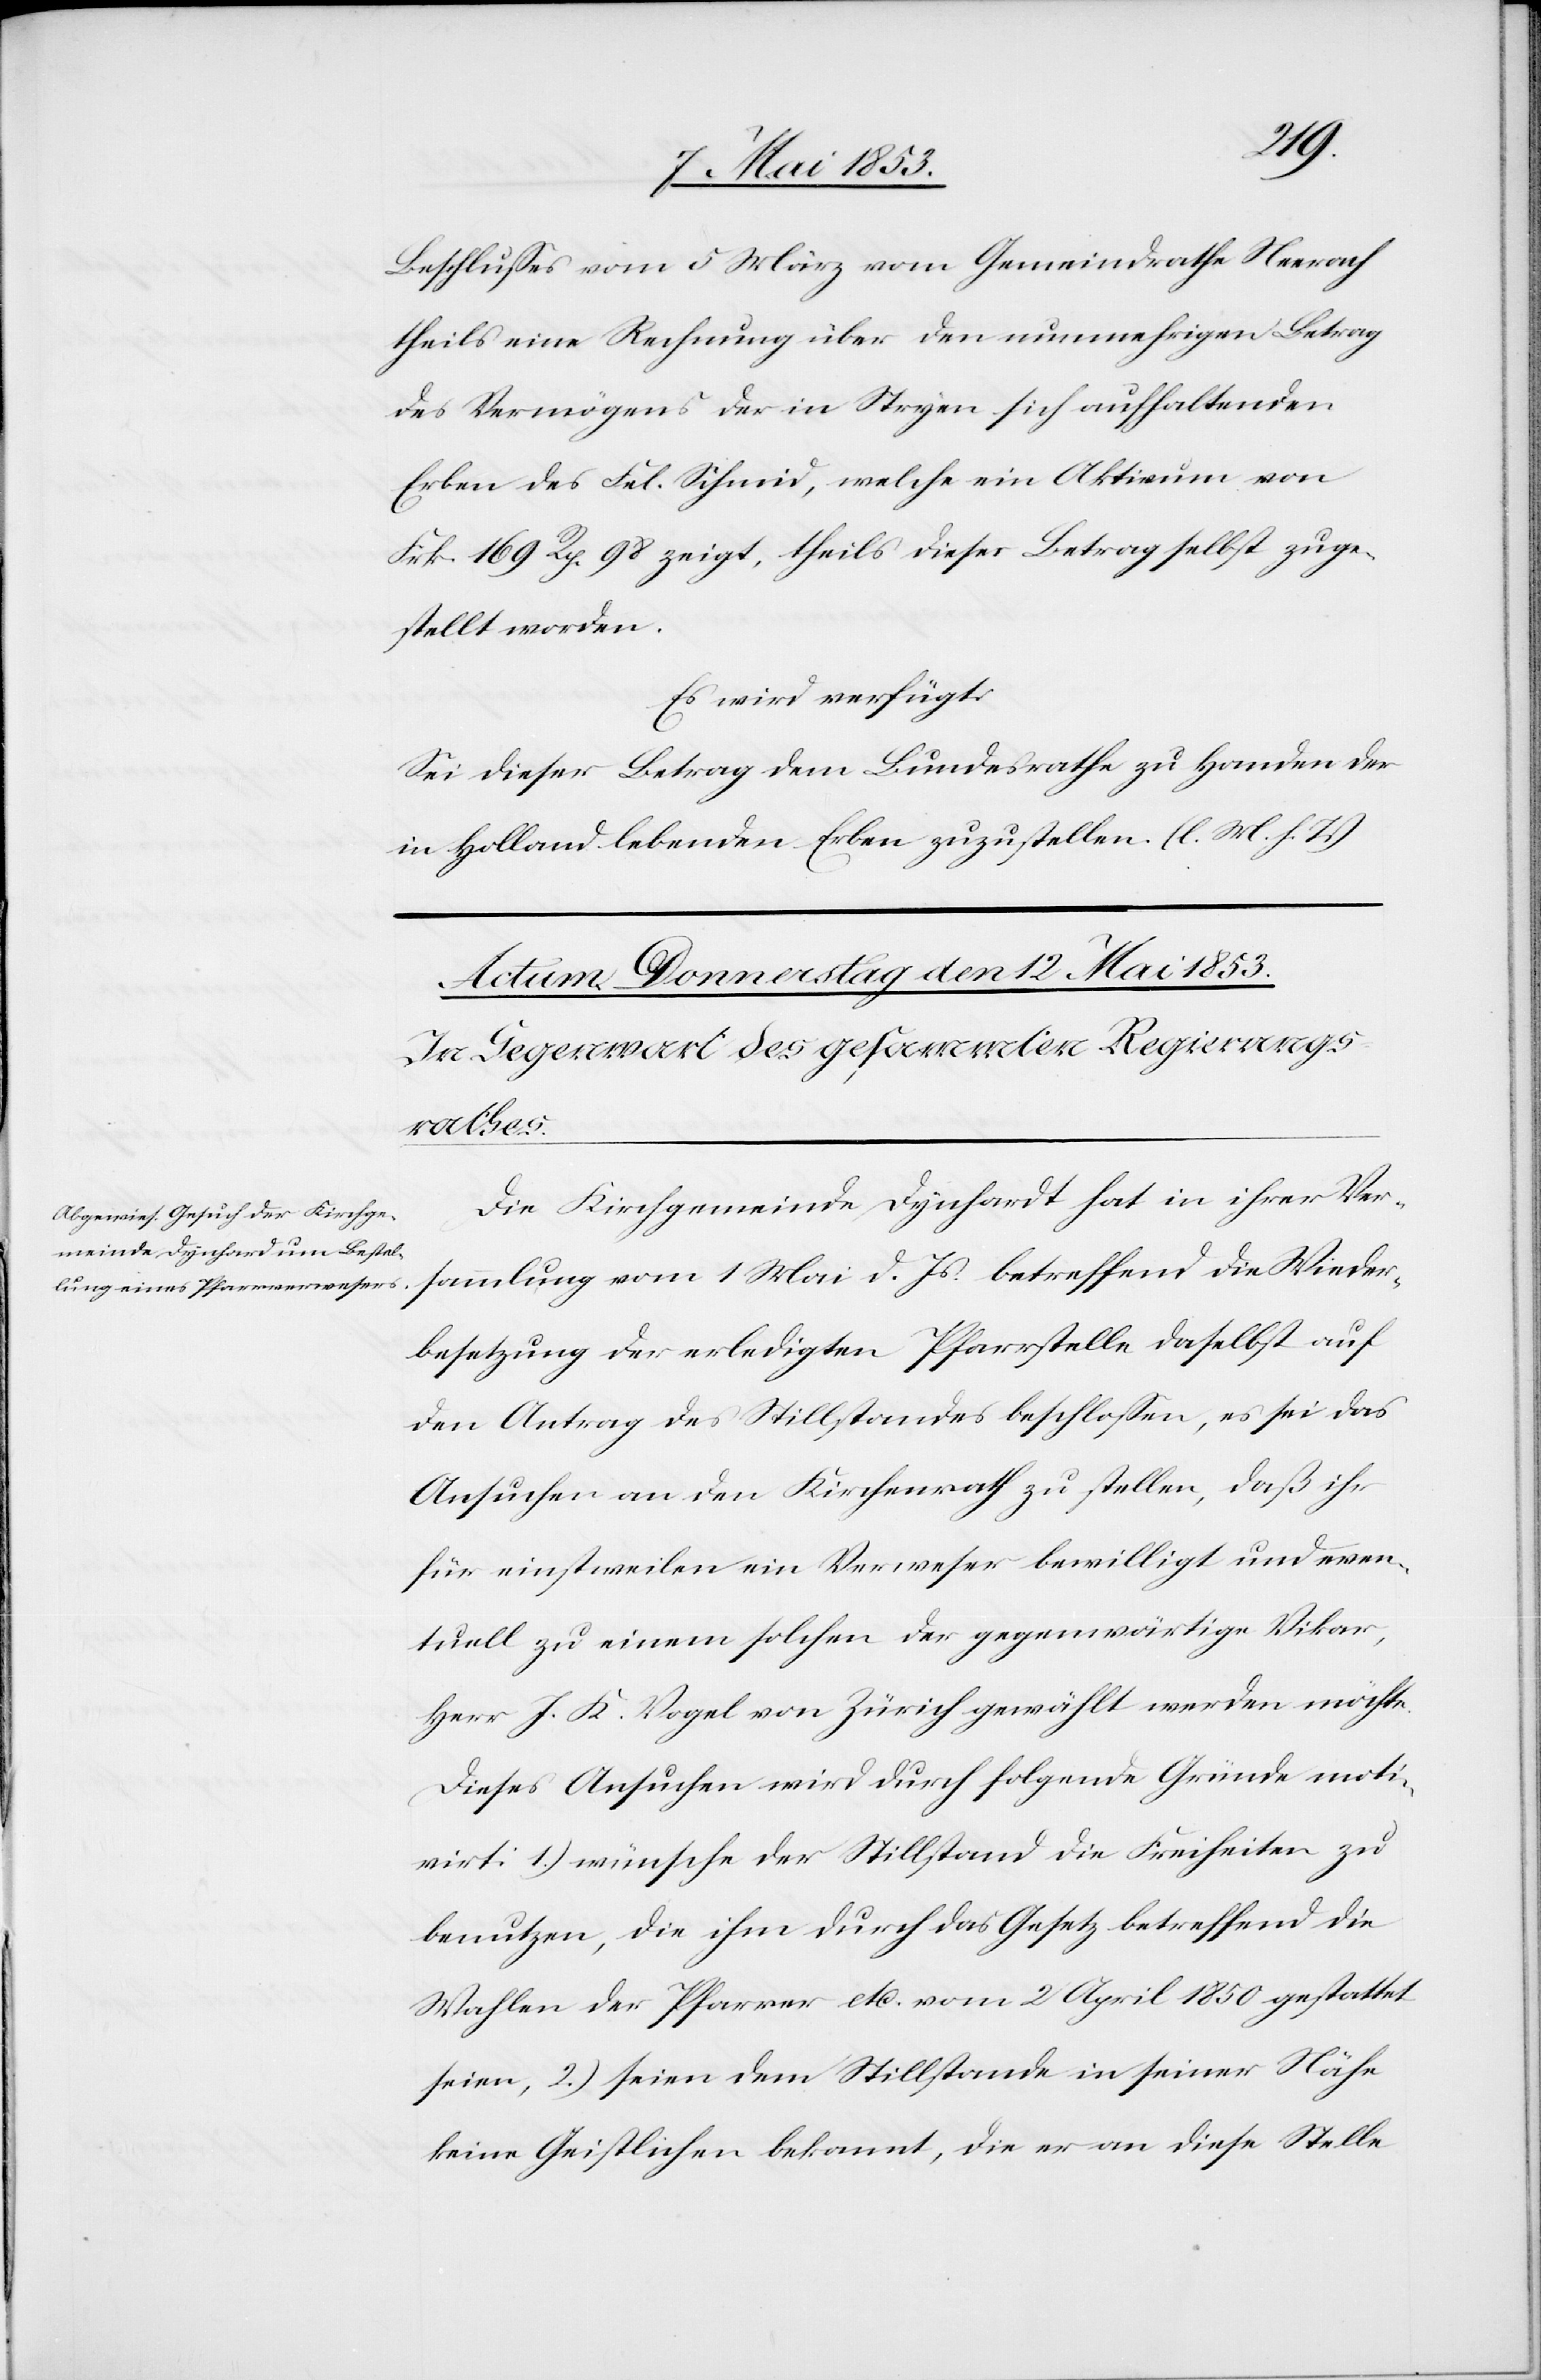
Beschlußes vom 5 März vom Gemeindrathe Neerach
theils eine Rechnung über den nunmehrigen Betrag
des Vermögens der in Stryen sich aufhaltenden
Erben des Fel. Schmid, welche ein Aktivum von
Frk. 169 Rp. 98 zeigt, theils dieser Betrag selbst zuge¬
stellt worden.
Es wird verfügt:
Sei dieser Betrag dem Bundesrathe zu Handen der
in Holland lebenden Erben zuzustellen. [l. M. h. T]
Die Kirchgemeinde Dynhard hat in ihrer Ver¬
sammlung vom 1 Mai d. Js. betreffend die Wieder¬
besetzung der erledigten Pfarrstelle daselbst auf
den Antrag des Stillstandes beschloßen, es sei das
Ansuchen an den Kirchenrath zu stellen, daß ihr
für einstweilen ein Verweser bewilligt und even¬
tuell zu einem solchen der gegenwärtige Viktor,
Herr J. K. Vogel von Zürich gewählt werden möchte.
Dieses Ansuchen wird durch folgende Gründe moti¬
virt: 1.) wünsche der Stillstand die Freiheiten zu
benutzen, die ihm durch das Gesetz betreffend die
Wahlen der Pfarrer etc. vom 2 April 1850 gestattet
seien, 2.) seien dem Stillstande in seiner Nähe
keine Geistlichen bekannt, die er an diese Stelle